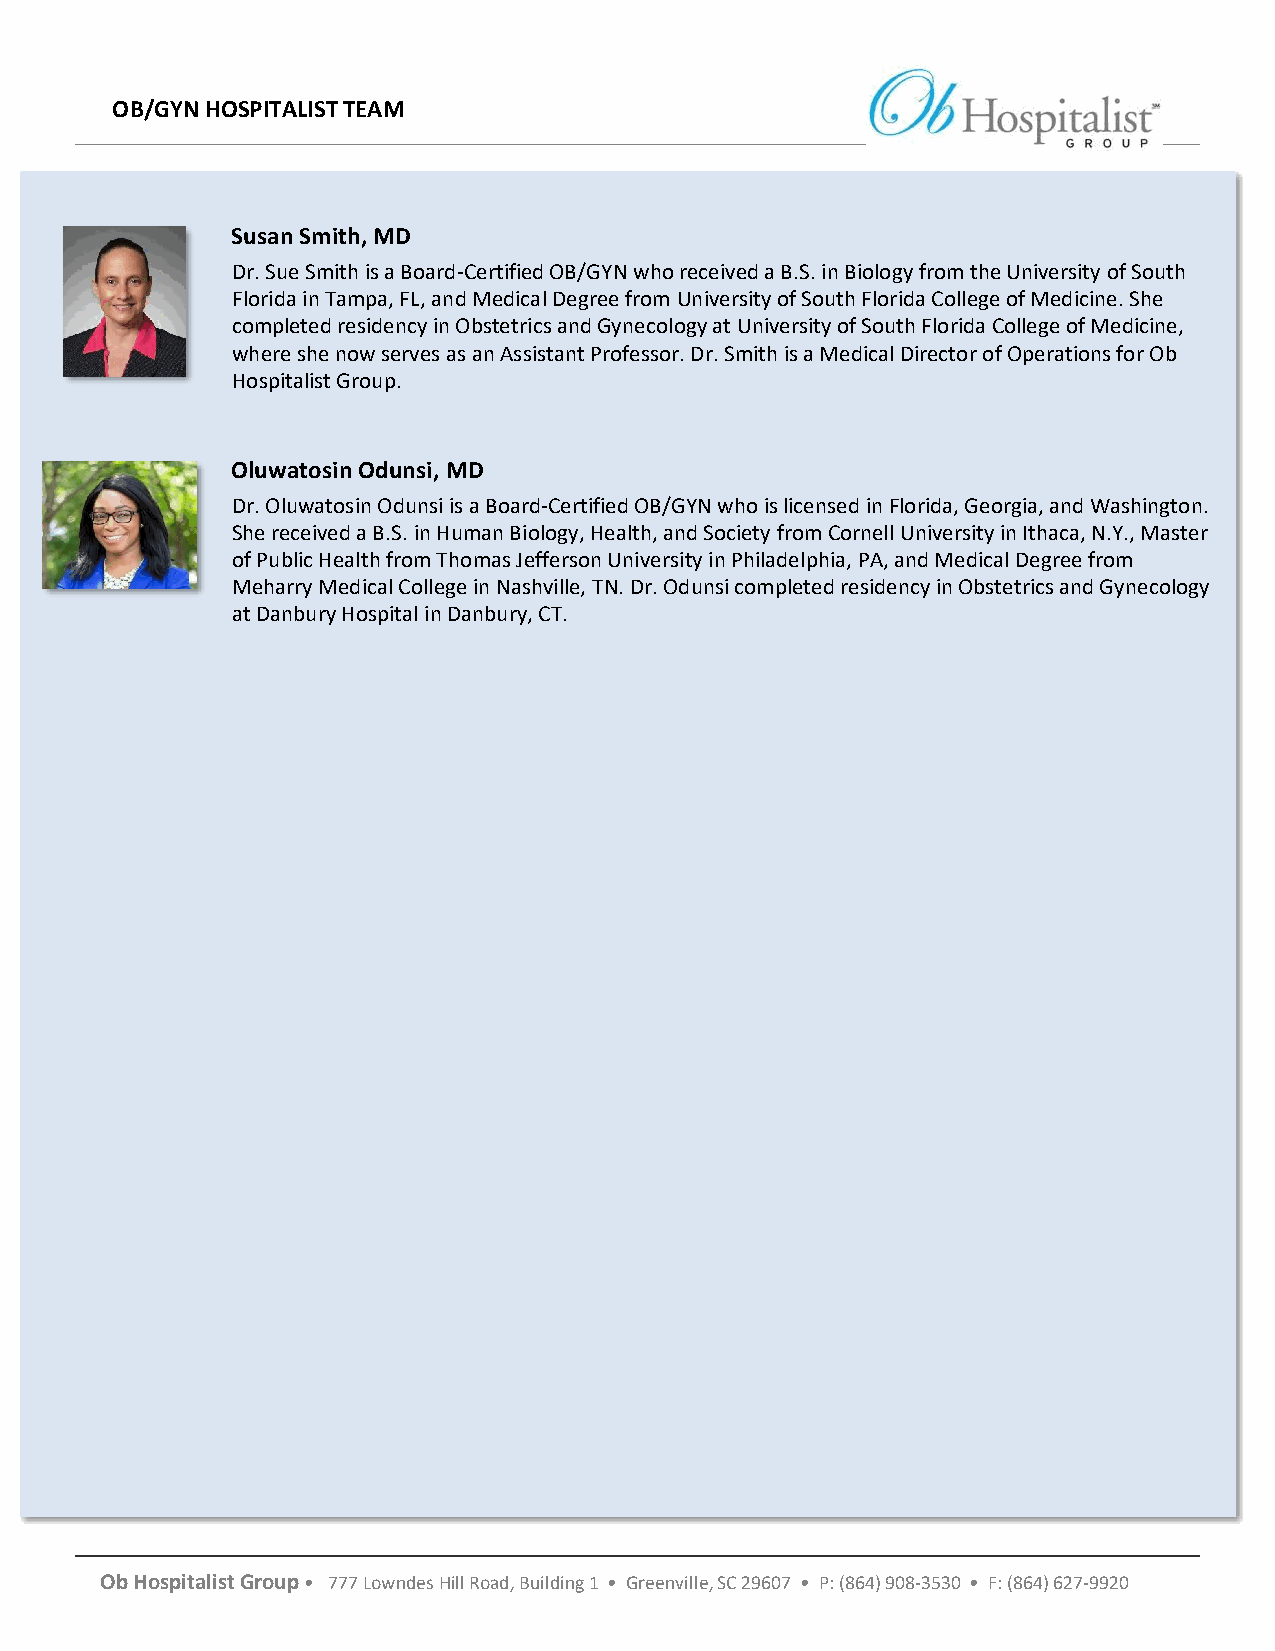
OB/GYN HOSPITALIST TEAM
 Susan Smith, MD
 Dr. Sue Smith is a Board-Certified OB/GYN who received a B.S. in Biology from the University of South
 Florida in Tampa, FL, and Medical Degree from University of South Florida College of Medicine. She
 completed residency in Obstetrics and Gynecology at University of South Florida College of Medicine,
 where she now serves as an Assistant Professor. Dr. Smith is a Medical Director of Operations for Ob
 Hospitalist Group.
 Oluwatosin Odunsi, MD
 Dr. Oluwatosin Odunsi is a Board-Certified OB/GYN who is licensed in Florida, Georgia, and Washington.
 She received a B.S. in Human Biology, Health, and Society from Cornell University in Ithaca, N.Y., Master
 of Public Health from Thomas Jefferson University in Philadelphia, PA, and Medical Degree from
 Meharry Medical College in Nashville, TN. Dr. Odunsi completed residency in Obstetrics and Gynecology
 at Danbury Hospital in Danbury, CT.
 Ob Hospitalist Group • 777 Lowndes Hill Road, Building 1 • Greenville, SC 29607 • P: (864) 908-3530 • F: (864) 627-9920
 www.OBHG.com